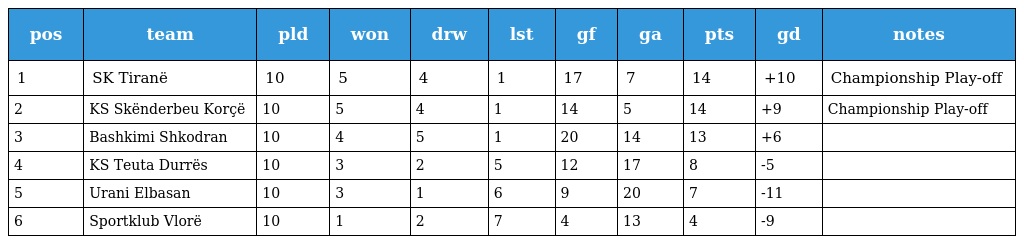
| pos | team | pld | won | drw | lst | gf | ga | pts | gd | notes |
 | --- | --- | --- | --- | --- | --- | --- | --- | --- | --- | --- |
 | 1 | SK Tiranë | 10 | 5 | 4 | 1 | 17 | 7 | 14 | +10 | Championship Play-off |
 | 2 | KS Skënderbeu Korçë | 10 | 5 | 4 | 1 | 14 | 5 | 14 | +9 | Championship Play-off |
 | 3 | Bashkimi Shkodran | 10 | 4 | 5 | 1 | 20 | 14 | 13 | +6 |  |
 | 4 | KS Teuta Durrës | 10 | 3 | 2 | 5 | 12 | 17 | 8 | -5 |  |
 | 5 | Urani Elbasan | 10 | 3 | 1 | 6 | 9 | 20 | 7 | -11 |  |
 | 6 | Sportklub Vlorë | 10 | 1 | 2 | 7 | 4 | 13 | 4 | -9 |  |